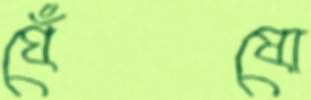
ঘেঁষো